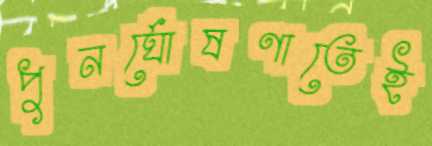
পুনর্ঘোষণাতেই